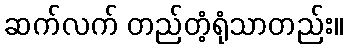
ဆက်လက် တည်တံ့ရုံသာတည်း။